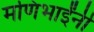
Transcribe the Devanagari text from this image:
मणिभाईंनी